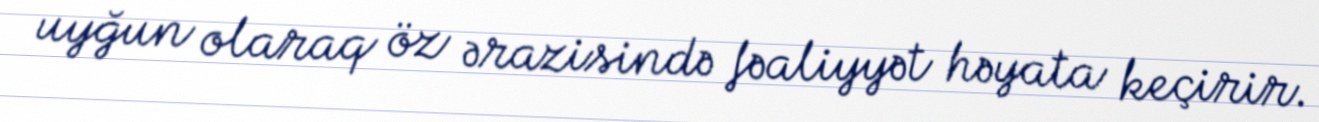
uyğun olaraq öz ərazisində fəaliyyət həyata keçirir.